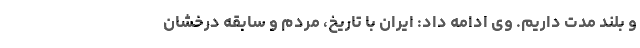
و بلند مدت داریم. وی ادامه داد: ‌ایران با تاریخ، مردم و سابقه درخشان